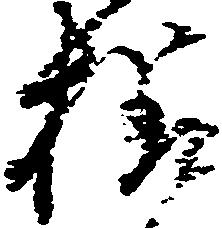
様